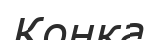
Конка